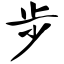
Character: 步